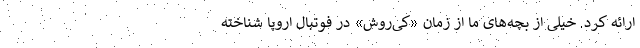
ارائه کرد. خیلی از بچه‌های ما از زمان «کی‌روش» در فوتبال اروپا شناخته